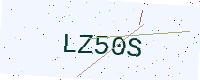
Text: LZ50S